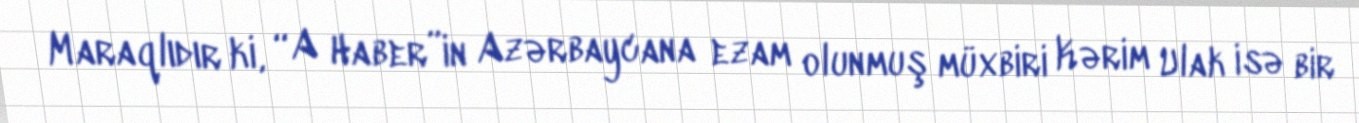
Maraqlıdır ki, “A Haber”in Azərbaycana ezam olunmuş müxbiri Kərim Ulak isə bir